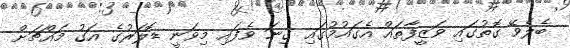
ބެލެވޭ ގޮތުގައި ވަޒީފާތައް އެގައުމުގައި ގިނަ ވެފައި މިވަނީ ޑޮލަރުގެ އަގު މައްޗަށް